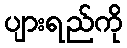
ပျားရည်ကို